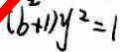
( b ^ { 2 } + 1 ) y ^ { 2 } = 1